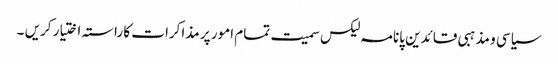
سیاسی و مذہبی قائدین پانامہ لیکس سمیت تمام امور پر مذاکرات کا راستہ اختیار کریں ۔